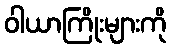
ဝါယာကြိုးများကို